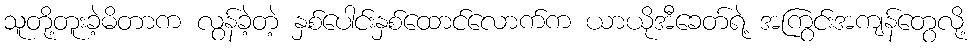
သူတို့တူးခဲ့မိတာက လွန်ခဲ့တဲ့ နှစ်ပေါင်းနှစ်ထောင်လောက်က ယာယိုအီခေတ်ရဲ့ အကြွင်းအကျန်တွေလို့